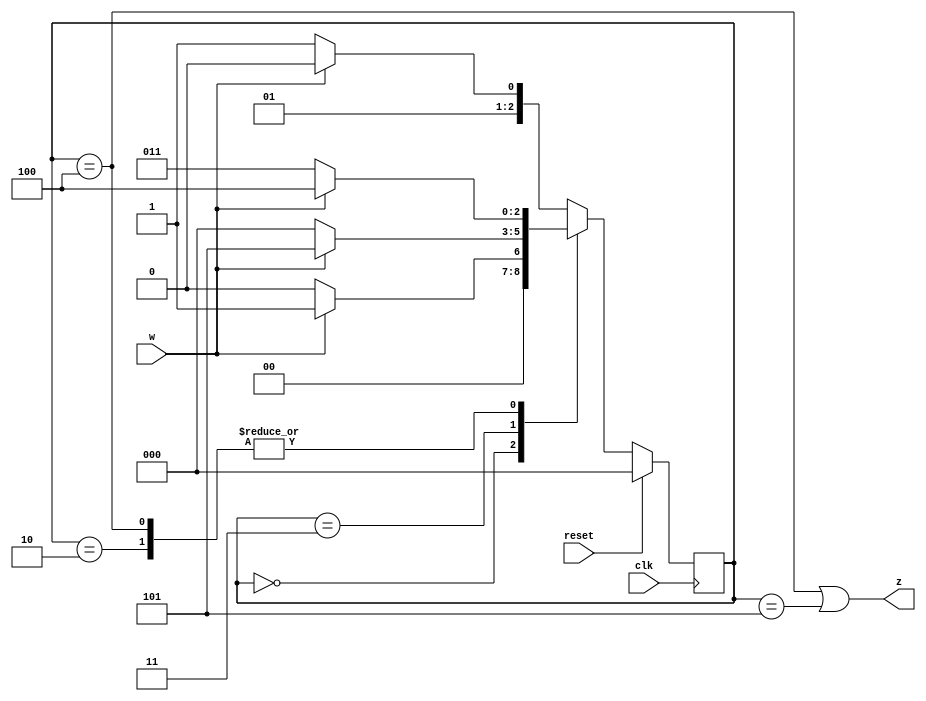
module top_module (
    input clk,
    input reset,   // Synchronous active-high reset
    input w,
    output z
);
    
    parameter A=3'h0,B=3'h1,C=3'h2,D=3'h3,E=3'h4,F=3'h5;
    
    reg [2:0] currSt,nextSt;

    always@(*) begin
        case(currSt)
            A:nextSt=~w?A:B;
            B:nextSt=~w?D:C;
            C:nextSt=~w?D:E;
            D:nextSt=~w?A:F;
            E:nextSt=~w?D:E;
            default:nextSt=~w?D:C;
        endcase
    end
    
    always @(posedge clk) begin
        if(reset)
            currSt<=A;
        else
            currSt<=nextSt;
    end

    assign z = (currSt==E || currSt==F);

endmodule